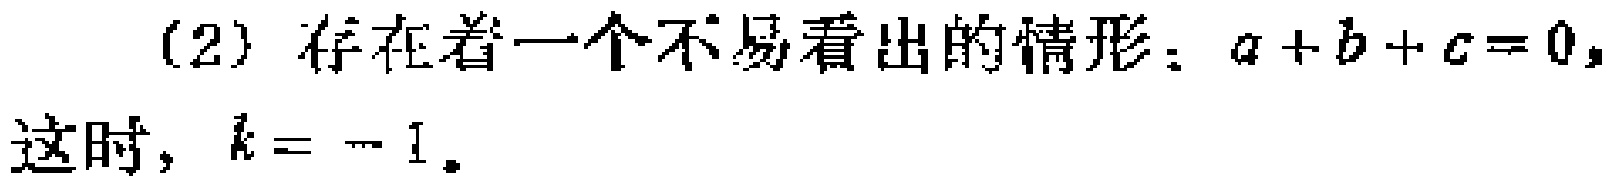
(2) 存在着一个不易看出的情形：$a + b + c = 0,$这时，$k = - 1.$